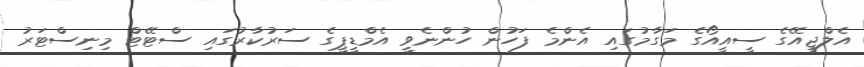
އެލްޖީއޭގެ ސީއީއޯގެ މަގާމުގައި އެންމެ ފަހުން ހުންނެވީ އެމްޑީޕީގެ ސަރުކާރުގައި ސްޓޭޓް މިނިސްޓަރު